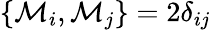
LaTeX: \{ \mathcal{M}_{i},\mathcal{M}_{j}\} =2\delta_{ij}